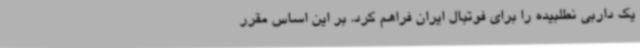
یک داربی نطلبیده را برای فوتبال ایران فراهم کرد. بر این اساس مقرر